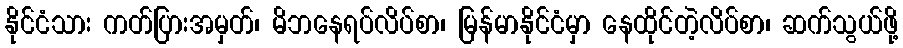
နိုင်ငံသား ကတ်ပြားအမှတ်၊ မိဘနေရပ်လိပ်စာ၊ မြန်မာနိုင်ငံမှာ နေထိုင်တဲ့လိပ်စာ၊ ဆက်သွယ်ဖို့